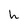
Character: h